Indian journal of veterinary science and animal husbandry - Volumes 15-17, 1948-1951
Year: 1948
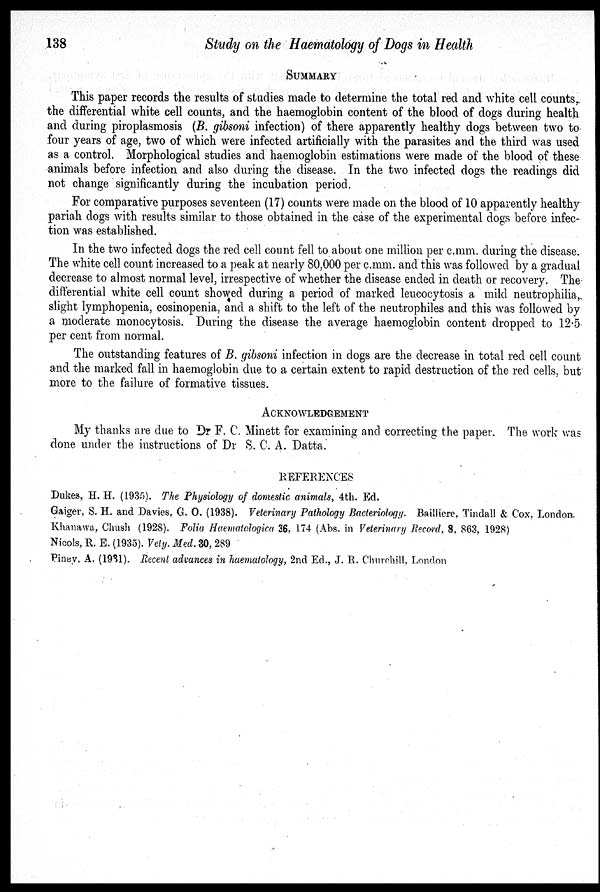
138
Study on the Haematology of Dogs in Health
SUMMARY
This paper records the results of studies made to determine the total red and white cell counts,
the differential white cell counts, and the haemoglobin content of the blood of dogs during health
and during piroplasmosis (B. gibsoni infection) of there apparently healthy dogs between two to
four years of age, two of which were infected artificially with the parasites and the third was used
as a control. Morphological studies and haemoglobin estimations were made of the blood of these
animals before infection and also during the disease. In the two infected dogs the readings did
not change significantly during the incubation period.
For comparative purposes seventeen (17) counts were made on the blood of 10 apparently healthy
pariah dogs with results similar to those obtained in the case of the experimental dogs before infec-
tion was established.
In the two infected dogs the red cell count fell to about one million per c.mm. during the disease.
The white cell count increased to a peak at nearly 80,000 per c.mm. and this was followed by a gradual
decrease to almost normal level, irrespective of whether the disease ended in death or recovery. The
differential white cell count showed during a period of marked leucocytosis a mild neutrophilia ,
slight lymphopenia, eosinopenia, and a shift to the left of the neutrophiles and this was followed by
a moderate monocytosis. During the disease the average haemoglobin content dropped to 12.5
per cent from normal.
The outstanding features of B. gibsoni infection in dogs are the decrease in total red cell count
and the marked fall in haemoglobin due to a certain extent to rapid destruction of the red cells, but
more to the failure of formative tissues.
ACKNOWLEDGEMENT
My thanks are due to Dr F. C. Minett for examining and correcting the paper. The work was
done under the instructions of Dr S. C. A. Datta.
REFERENCES
Dukes, H. H. (1935). The Physiology of domestic animals, 4th. Ed.
Gaiger, S. H. and Davies, G. O. (1938). Veterinary Pathology Bacteriology. Bailliere, Tindall & Cox, London.
Khanawa, Chush (1928). Folia Haematologica 36, 174 (Abs. in Veterinary Record, 8, 863, 1928)
Nicols, R. E. (1935). Vety. Med. 30, 289
Piney, A. (1931). Recent advances in haematology, 2nd Ed., J. R. Churchill, London